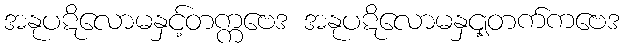
အနုပဋိလောမနှင့်တက္ကဗေဒ အနုပဋိလောမနှင့ျတက်ကဗေဒ